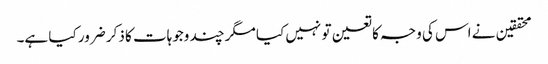
محققین نے اس کی وجہ کا تعین تو نہیں کیا مگر چند وجوہات کا ذکر ضرور کیا ہے۔